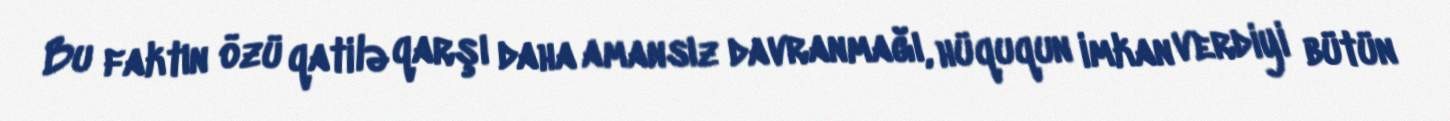
Bu faktın özü qatilə qarşı daha amansız davranmağı, hüququn imkan verdiyi bütün